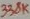
Text: 338K